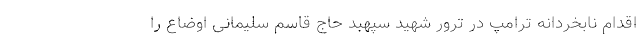
اقدام نابخردانه ترامپ در ترور شهید سپهبد حاج قاسم سلیمانی اوضاع را